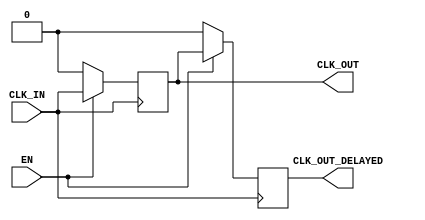
module ClockBuffer #(
    parameter NUM_OUTPUTS = 1,           // Number of clock outputs
    parameter DRIVE_STRENGTH = 2          // Drive strength configuration (1, 2, or 3)
) (
    input wire CLK_IN,                     // Clock input
    input wire EN,                         // Enable signal
    output reg [NUM_OUTPUTS-1:0] CLK_OUT, // Clock output(s)
    output reg CLK_OUT_DELAYED             // Delayed output for testing purposes
);

    // Internal parameters for drive strength
    localparam DRIVE_STRENGTH_1 = 1; // Low drive strength
    localparam DRIVE_STRENGTH_2 = 2; // Medium drive strength
    localparam DRIVE_STRENGTH_3 = 3; // High drive strength

    // Propagation delay for the clock buffer.
    localparam CLK_DELAY = 2; // Delay in time units (adjust as necessary)

    // Assign clock outputs with enable functionality
    always @ (posedge CLK_IN) begin
        if (EN) begin
            case (DRIVE_STRENGTH)
                DRIVE_STRENGTH_1: begin
                    CLK_OUT <= {NUM_OUTPUTS{CLK_IN}}; // Low strength buffer
                end
                DRIVE_STRENGTH_2: begin
                    CLK_OUT <= {NUM_OUTPUTS{CLK_IN}}; // Medium strength buffer
                end
                DRIVE_STRENGTH_3: begin
                    CLK_OUT <= {NUM_OUTPUTS{CLK_IN}}; // High strength buffer
                end
                default: begin
                    CLK_OUT <= {NUM_OUTPUTS{1'b0}};   // Default to low
                end
            endcase
        end else begin
            CLK_OUT <= {NUM_OUTPUTS{1'b0}}; // Disable output when EN is low
        end
    end

    // Delayed output for testing accessibility
    always @ (posedge CLK_IN) begin
        if (EN) begin
            // Simple propagation delay simulation
            #CLK_DELAY CLK_OUT_DELAYED <= CLK_OUT[0]; // Example for first output
        end else begin
            CLK_OUT_DELAYED <= 1'b0; // Disable delayed output
        end
    end

endmodule